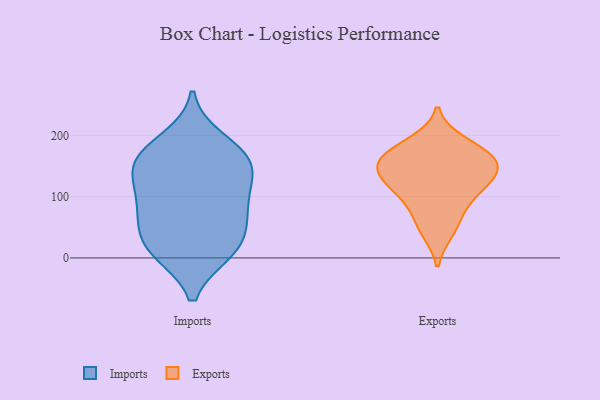
{"axis": {"x": "Production Output", "y": "Value"}, "legend": ["Exports", "Imports"], "data": [{"x": "", "y": 164, "type": "Imports"}, {"x": "", "y": 82, "type": "Imports"}, {"x": "", "y": 66, "type": "Imports"}, {"x": "", "y": 160, "type": "Imports"}, {"x": "", "y": 110, "type": "Imports"}, {"x": "", "y": 36, "type": "Imports"}, {"x": "", "y": 127, "type": "Imports"}, {"x": "", "y": 10, "type": "Imports"}, {"x": "", "y": 11, "type": "Imports"}, {"x": "", "y": 77, "type": "Imports"}, {"x": "", "y": 147, "type": "Imports"}, {"x": "", "y": 192, "type": "Imports"}, {"x": "", "y": 15, "type": "Imports"}, {"x": "", "y": 163, "type": "Imports"}, {"x": "", "y": 167, "type": "Exports"}, {"x": "", "y": 144, "type": "Exports"}, {"x": "", "y": 123, "type": "Exports"}, {"x": "", "y": 189, "type": "Exports"}, {"x": "", "y": 126, "type": "Exports"}, {"x": "", "y": 159, "type": "Exports"}, {"x": "", "y": 43, "type": "Exports"}, {"x": "", "y": 162, "type": "Exports"}, {"x": "", "y": 105, "type": "Exports"}, {"x": "", "y": 74, "type": "Exports"}]}